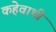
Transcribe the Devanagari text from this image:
कहेवाथी